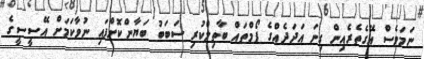
ނަމަވެސް އޭގެތެރެއިން ގިނަ އަދަދެއްގެ ފޯމްތައް ބާތިލްކުރި ސަބަބު ބަޔާންކޮށްފައި ނުވާކަމަށް އޭސީސީގެ